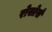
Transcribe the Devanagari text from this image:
रोसोर्स